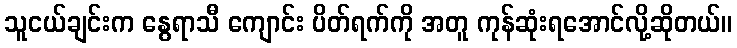
သူငယ်ချင်းက နွေရာသီ ကျောင်း ပိတ်ရက်ကို အတူ ကုန်ဆုံးရအောင်လို့ဆိုတယ်။